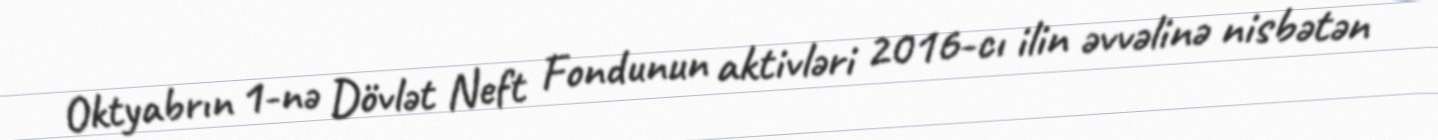
Oktyabrın 1-nə Dövlət Neft Fondunun aktivləri 2016-cı ilin əvvəlinə nisbətən